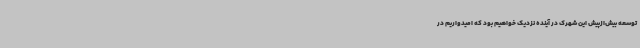
توسعه بیش‌ازپیش این شهرک در آینده نزدیک خواهیم بود که امیدواریم در